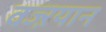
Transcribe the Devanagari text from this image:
वज्ऱयान